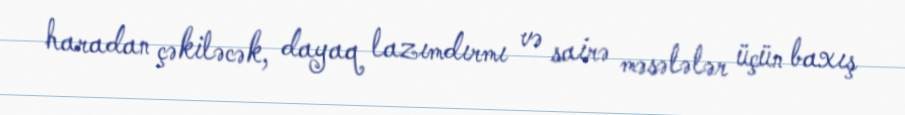
haradan çəkiləcək, dayaq lazımdırmı və sairə məsələlər üçün baxış